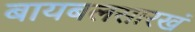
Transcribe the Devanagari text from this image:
बायबलसारखं